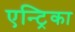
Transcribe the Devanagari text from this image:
एन्ट्रिका